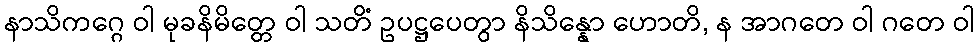
နာသိကဂ္ဂေ ဝါ မုခနိမိတ္တေ ဝါ သတိံ ဥပဋ္ဌပေတွာ နိသိန္နော ဟောတိ, န အာဂတေ ဝါ ဂတေ ဝါ